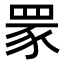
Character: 𦊽